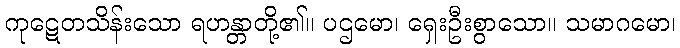
ကုဋေတသိန်းသော ရဟန္တာတို့၏။ ပဌမော၊ ရှေးဦးစွာသော။ သမာဂမော၊